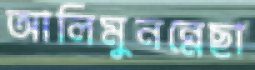
আলিমুনন্নেছা